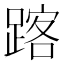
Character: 𨂥